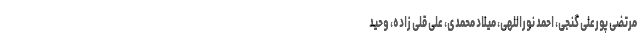
مرتضی پورعلی گنجی، احمد نوراللهی، میلاد محمدی، علی قلی زاده، وحید